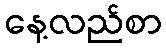
နေ့လည်စာ